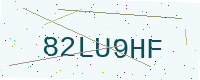
Text: 82LU9HF